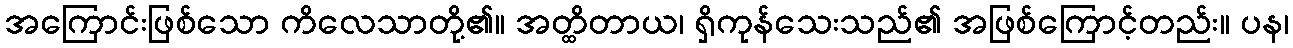
အကြောင်းဖြစ်သော ကိလေသာတို့၏။ အတ္ထိတာယ၊ ရှိကုန်သေးသည်၏ အဖြစ်ကြောင့်တည်း။ ပန၊